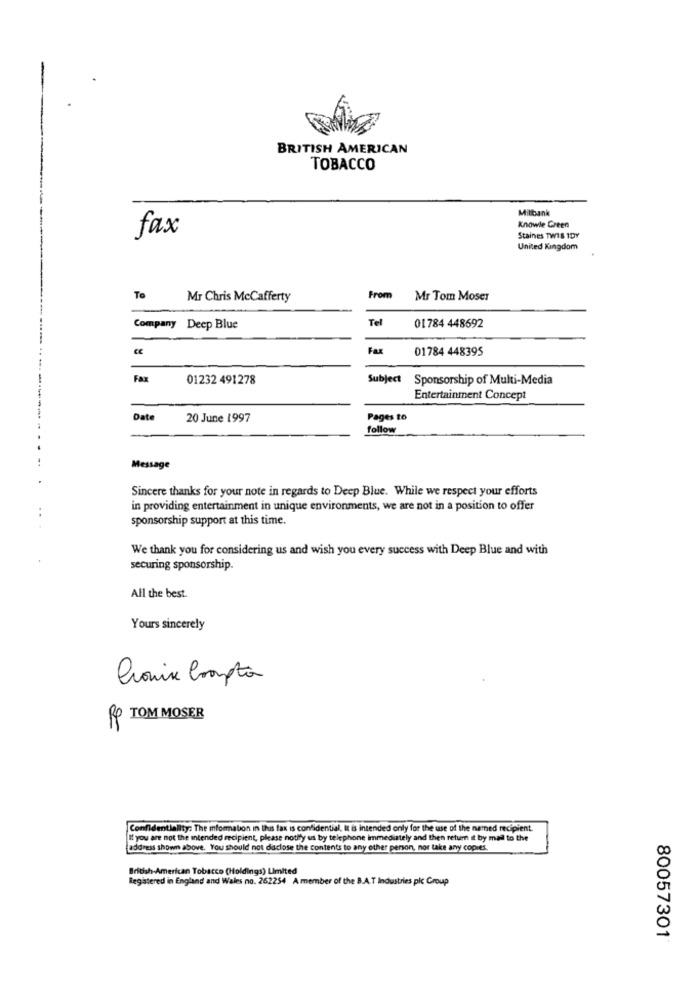
BRITISH AMERICAN
TOBACCO
Millbank
Knowle Green
fax
Staines TWIS 1DY
United Kingdom
To
Mr Chris McCafferty
From
Mr Tom Moser
Tel
Company
Deep Blue
01784 448692
Fax
01784 448395
Fax
01232 491278
Subject
Sponsorship of Multi-Media
Entertainment Concept
Date
20 June 1997
Pages to
follow
Message
Sincere thanks for your note in regards to Deep Blue. While we respect your efforts
in providing entertainment in unique environments, we are not in a position to offer
sponsorship support at this time.
We thank you for considering us and wish you every success with Deep Blue and with
securing sponsorship.
All the best.
Yours sincerely
Promise Crompton
RO TOM MOSER
Confidentiality: The information in thus fax is confidential. It is intended only for the use of the named recipient.
If you are not the intended recipient, please notify us by telephone immediately and then return it by mail to the
address shown above. You should not diaclose the contents to any other person, nor take any copies.
British American Tobacco (Holdings) Limited
Registered in England and Wales no. 262254 A member of the B.A.T Industries plc Group
80057301